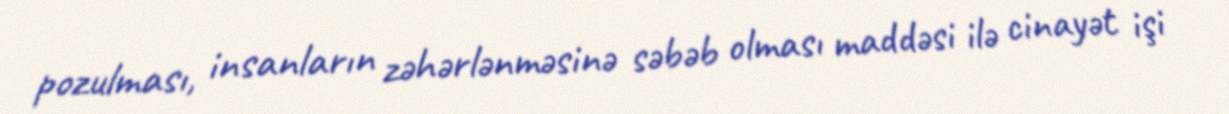
pozulması, insanların zəhərlənməsinə səbəb olması maddəsi ilə cinayət işi